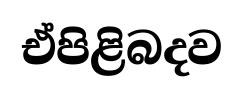
ඒපිළිබදව